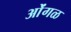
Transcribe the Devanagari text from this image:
ओंगळ